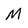
Character: M